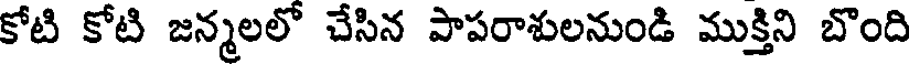
కోటి కోటి జన్మలలో చేసిన పాపరాశులనుండి ముక్తిని బొంది